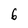
Character: 6